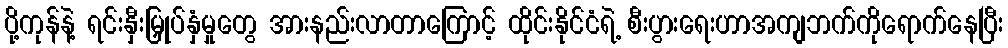
ပို့ကုန်နဲ့ ရင်းနှီးမြှုပ်နှံမှုတွေ အားနည်းလာတာကြောင့် ထိုင်းနိုင်ငံရဲ့ စီးပွားရေးဟာအကျဘက်ကိုရောက်နေပြီး